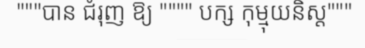
"""បាន ជំរុញ ឱ្យ """" បក្ស កុម្មុយនិស្ត"""